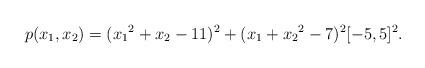
LaTeX: \begin{align*}p(x_1,x_2)=({x_1}^2+x_2-11)^2+(x_1+{x_2}^2-7)^2 [-5,5]^2.\end{align*}